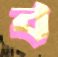
ব